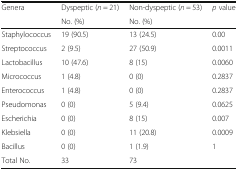
<table><thead><tr><td><b>Genera</b></td><td><b>Dyspeptic (<i>n</i> = 21)</b></td><td><b>Non-dyspeptic (<i>n</i> = 53)</b></td><td><b><i>p</i> value</b></td></tr><tr><td></td><td><b>No. (%)</b></td><td><b>No. (%)</b></td><td></td></tr></thead><tbody><tr><td>Staphylococcus</td><td>19 (90.5)</td><td>13 (24.5)</td><td>0.00</td></tr><tr><td>Streptococcus</td><td>2 (9.5)</td><td>27 (50.9)</td><td>0.0011</td></tr><tr><td>Lactobacillus</td><td>10 (47.6)</td><td>8 (15)</td><td>0.0060</td></tr><tr><td>Micrococcus</td><td>1 (4.8)</td><td>0 (0)</td><td>0.2837</td></tr><tr><td>Enterococcus</td><td>1 (4.8)</td><td>0 (0)</td><td>0.2837</td></tr><tr><td>Pseudomonas</td><td>0 (0)</td><td>5 (9.4)</td><td>0.0625</td></tr><tr><td>Escherichia</td><td>0 (0)</td><td>8 (15)</td><td>0.007</td></tr><tr><td>Klebsiella</td><td>0 (0)</td><td>11 (20.8)</td><td>0.0009</td></tr><tr><td>Bacillus</td><td>0 (0)</td><td>1 (1.9)</td><td>1</td></tr><tr><td>Total No.</td><td>33</td><td>73</td><td></td></tr></tbody></table>